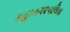
મહાનગ૨પાલિકા